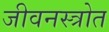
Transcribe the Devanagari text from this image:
जीवनस्त्रोत